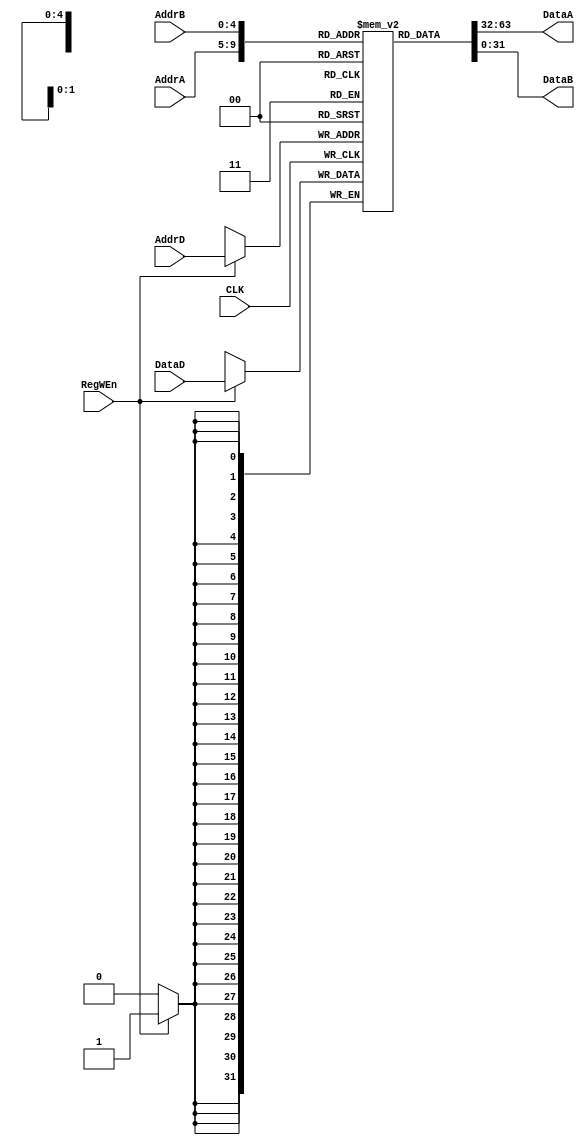
module Reg(
    CLK,
    AddrA, 
    AddrB, 
    AddrD,
    DataD,
    DataA,
    DataB,
    RegWEn
);
    input 		       CLK, RegWEn;
    input[4:0] 		   AddrA, AddrB, AddrD;
    input[31:0]		   DataD;
    output[31:0]	   DataA, DataB;
    reg[31:0] 		   mem [0:31];

    always@(posedge CLK) begin
        if (RegWEn == 1'b1) mem[AddrD] <= DataD; //write
    end
    assign DataA = mem[AddrA];
    assign DataB = mem[AddrB];

endmodule